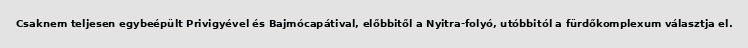
Csaknem teljesen egybeépült Privigyével és Bajmócapátival, előbbitől a Nyitra-folyó, utóbbitól a fürdőkomplexum választja el.